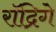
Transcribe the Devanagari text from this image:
रॉद्रिगे